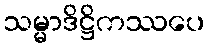
သမ္မာဒိဋ္ဌိကဿပေ